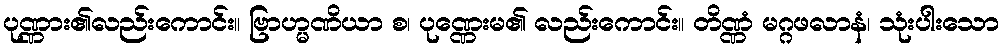
ပုဏ္ဏား၏လည်းကောင်း။ ဗြာဟ္မဏိယာ စ၊ ပုဏ္ဏေးမ၏ လည်းကောင်း။ တိဏ္ဏံ မဂ္ဂဖလာနံ၊ သုံးပါးသော